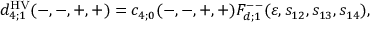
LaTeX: d _ { 4 ; 1 } ^ { \mathrm { H V } } ( - , - , + , + ) = c _ { 4 ; 0 } ( - , - , + , + ) F _ { d ; 1 } ^ { -- } ( \varepsilon , s _ { 1 2 } , s _ { 1 3 } , s _ { 1 4 } ) ,